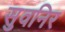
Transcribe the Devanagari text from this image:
सुवनिर